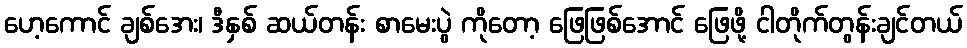
ဟေ့ကောင် ချစ်အေး၊ ဒီနှစ် ဆယ်တန်း စာမေးပွဲ ကိုတော့ ဖြေဖြစ်အောင် ဖြေဖို့ ငါတိုက်တွန်းချင်တယ်